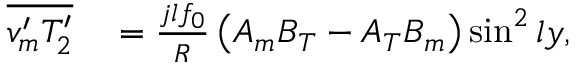
\begin{array} { r l } { \overline { { v _ { m } ^ { \prime } T _ { 2 } ^ { \prime } } } } & { { } = \frac { j l f _ { 0 } } { R } \left( { A _ { m } B _ { T } } - { A _ { T } B _ { m } } \right) \sin ^ { 2 } l y , } \end{array}